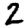
Digit: 2